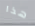
هذا